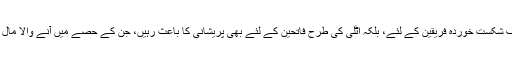
دونوں طرف جنگی قربانیاں اور مالی نقصانات نہ صرف شکست خوردہ فریقین کے لئے، بلکہ اٹلی کی طرح فاتحین کے لئے بھی پریشانی کا باعث رہیں، جن کے حصے میں آنے والا مال غنیمت جانی اور مالی نقصانات کے مقابلے میں کم تھا۔